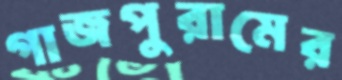
গাজপুরামের